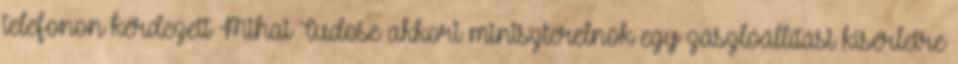
telefonon kérdezett Mihai Tudose akkori miniszterelnök egy zászlóállítási kísérletre